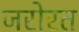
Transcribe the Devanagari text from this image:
जरोरत